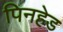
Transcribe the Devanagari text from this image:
पिनहेड